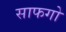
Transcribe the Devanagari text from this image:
साफगो